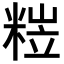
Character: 𥺺